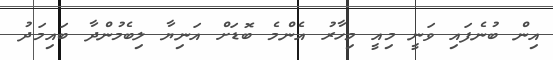
އިން ބުނެފައި ވަނީ މިއީ މިހާރު އެންމެ ބޮޑަށް އަނިޔާ ލިބެމުންދާ ބައިމަދު